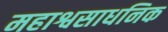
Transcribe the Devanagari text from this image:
महाश्वसाधनिक